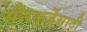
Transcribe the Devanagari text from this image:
सौरऊर्जेसाठी